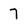
Character: 7